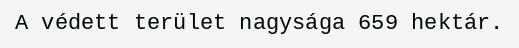
A védett terület nagysága 659 hektár.